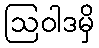
ဩဝါဒမှိ